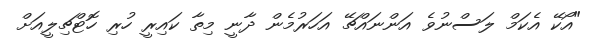
"އޯކޭ އެކަމް ލަސްނުވެ އަންނައްޗޭ އަހަރުމެން ދާނީ މިތާ ކައިރީ ހުރި ހޮޓްޗިލީއަށް